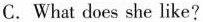
C.What does she like?